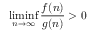
\operatorname* { l i m i n f } _ { n \to \infty } { \frac { f ( n ) } { g ( n ) } } > 0